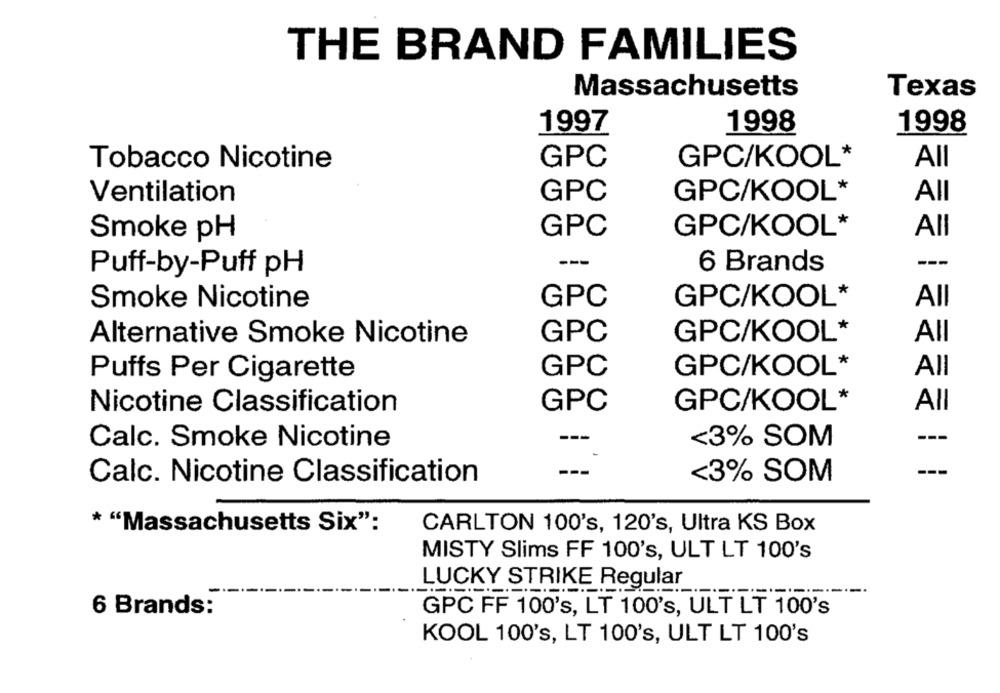
THE BRAND FAMILIES
Massachusetts
Texas
1997
1998
1998
Tobacco Nicotine
GPC
GPC/KOOL*
All
Ventilation
GPC
GPC/KOOL*
All
Smoke pH
GPC
GPC/KOOL*
All
6 Brands
---
Puff-by-Puff pH
Smoke Nicotine
GPC
GPC/KOOL*
All
GPC
GPC/KOOL*
All
Alternative Smoke Nicotine
GPC
GPC/KOOL*
All
Puffs Per Cigarette
GPC
GPC/KOOL*
All
Nicotine Classification
Calc. Smoke Nicotine
---
<3% SOM
---
<3% SOM
Calc. Nicotine Classification
* "Massachusetts Six":
CARLTON 100's, 120's, Ultra KS Box
MISTY Slims FF 100's, ULT LT 100's
LUCKY STRIKE Regular
6 Brands:
GPC FF 100's, LT 100's, ULT LT 100's
KOOL 100's, LT 100's, ULT LT 100's